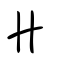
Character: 卝